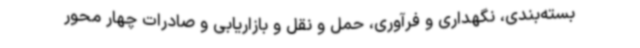
بسته‌بندی، نگهداری و فرآوری، حمل و نقل و بازاریابی و صادرات چهار محور